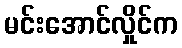
မင်းအောင်လှိုင်က